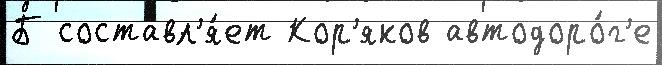
Б составл'я́ет Кор'яков автодоро́г'е